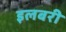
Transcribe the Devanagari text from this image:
इलबरी